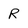
Character: R